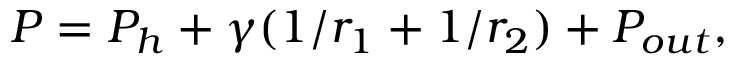
P = P _ { h } + \gamma ( 1 / r _ { 1 } + 1 / r _ { 2 } ) + P _ { o u t } ,